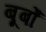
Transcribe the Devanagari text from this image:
बूर्बों